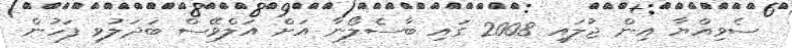
ސެވިއްޔާ އިން ޖުލައި 2008 ގައި ބާސެލޯނާ އަށް އަލްވޭސް ބަދަލުވި ފަހުން